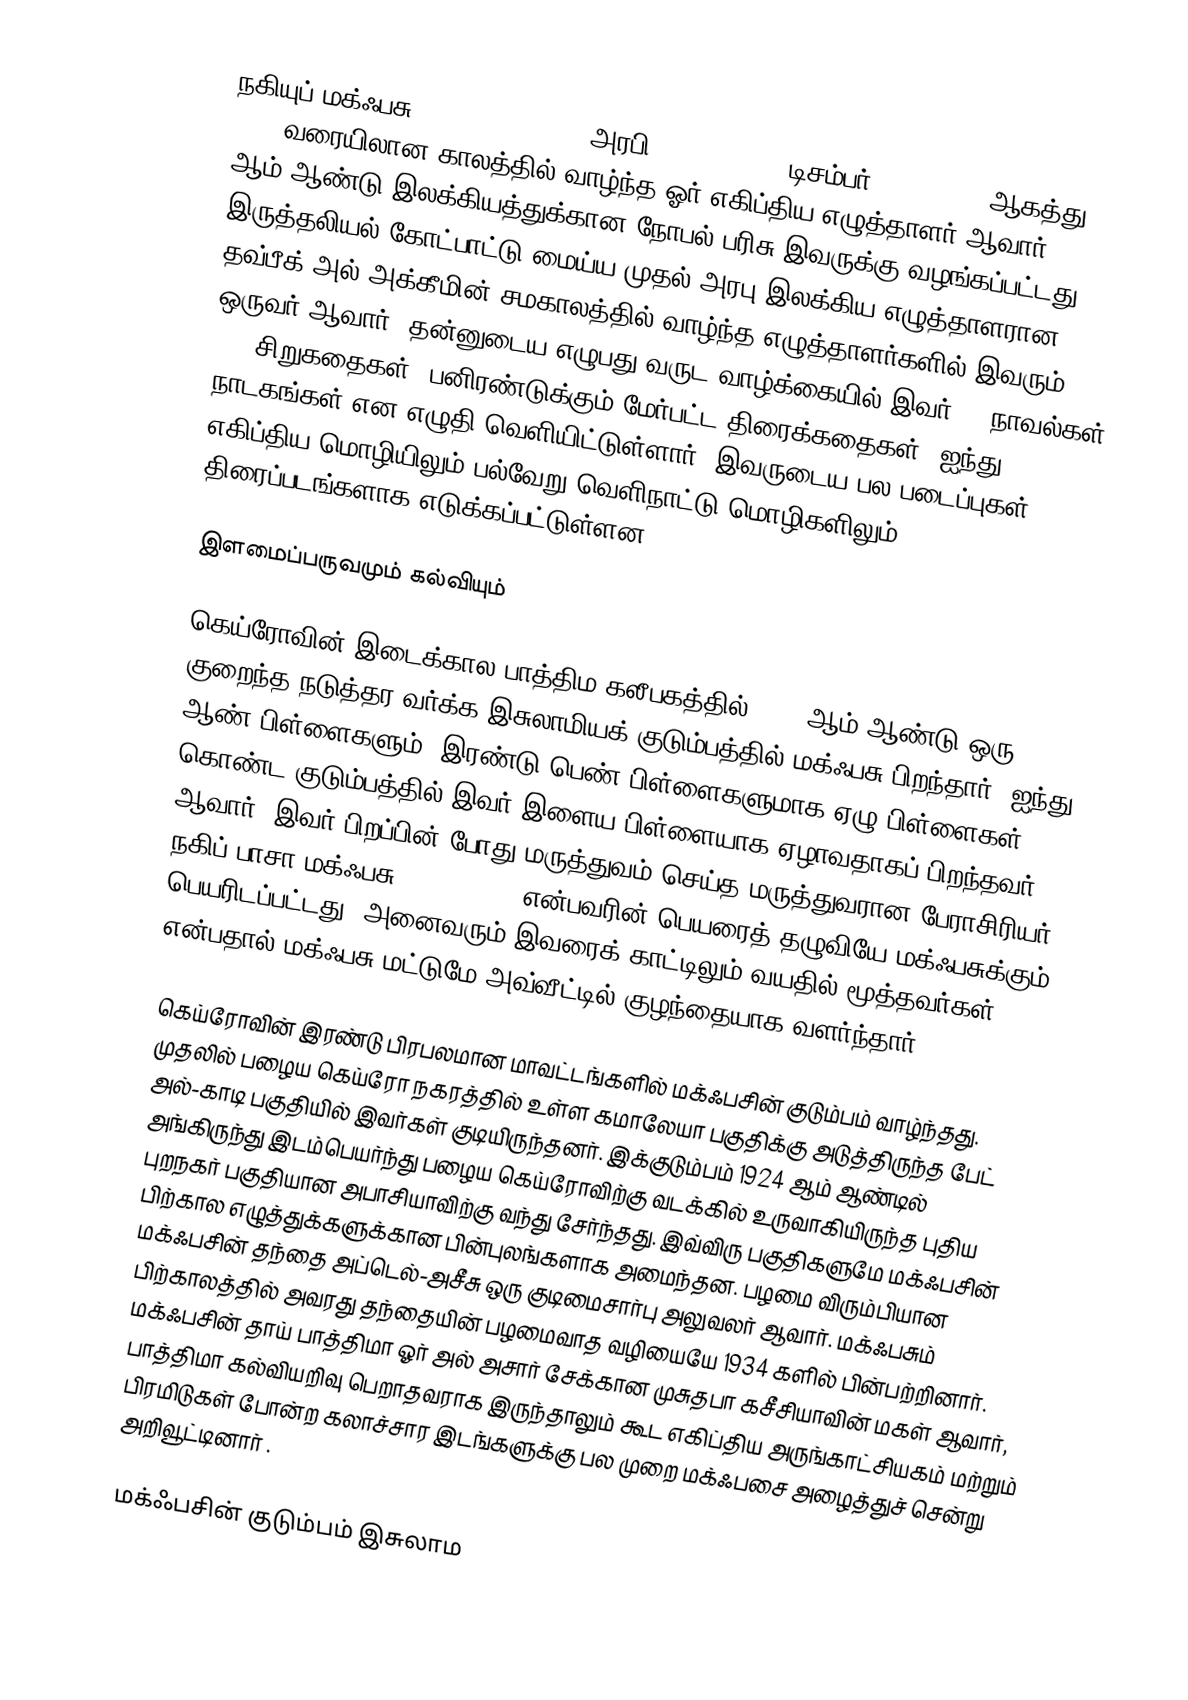
நகியுப் மக்ஃபசு (Naguib Mahfouz: அரபி: نجيب محفوظ) டிசம்பர் 11, 1911 – ஆகத்து 30, 2006 வரையிலான காலத்தில் வாழ்ந்த ஓர் எகிப்திய எழுத்தாளர் ஆவார். 1988 ஆம் ஆண்டு இலக்கியத்துக்கான நோபல் பரிசு இவருக்கு வழங்கப்பட்டது. இருத்தலியல் கோட்பாட்டு மைய்ய  முதல் அரபு இலக்கிய எழுத்தாளரான தவ்பீக் அல் அக்கீமின் சமகாலத்தில் வாழ்ந்த எழுத்தாளர்களில் இவரும் ஒருவர் ஆவார். தன்னுடைய எழுபது வருட வாழ்க்கையில் இவர் 34 நாவல்கள், 350 சிறுகதைகள், பனிரண்டுக்கும் மேர்பட்ட திரைக்கதைகள், ஐந்து நாடகங்கள் என எழுதி வெளியிட்டுள்ளார். இவருடைய பல படைப்புகள் எகிப்திய மொழியிலும் பல்வேறு வெளிநாட்டு மொழிகளிலும் திரைப்படங்களாக எடுக்கப்பட்டுள்ளன.

இளமைப்பருவமும் கல்வியும்

கெய்ரோவின் இடைக்கால பாத்திம கலீபகத்தில் 1911 ஆம் ஆண்டு  ஒரு குறைந்த நடுத்தர வர்க்க இசுலாமியக் குடும்பத்தில் மக்ஃபசு பிறந்தார். ஐந்து ஆண் பிள்ளைகளும், இரண்டு பெண் பிள்ளைகளுமாக ஏழு பிள்ளைகள் கொண்ட குடும்பத்தில் இவர் இளைய பிள்ளையாக ஏழாவதாகப் பிறந்தவர் ஆவார். இவர் பிறப்பின் போது மருத்துவம் செய்த மருத்துவரான பேராசிரியர் நகிப் பாசா மக்ஃபசு (1882-1974) என்பவரின் பெயரைத் தழுவியே மக்ஃபசுக்கும் பெயரிடப்பட்டது. அனைவரும் இவரைக் காட்டிலும் வயதில் மூத்தவர்கள் என்பதால் மக்ஃபசு மட்டுமே அவ்வீட்டில் குழந்தையாக வளர்ந்தார்.

கெய்ரோவின் இரண்டு பிரபலமான மாவட்டங்களில் மக்ஃபசின் குடும்பம் வாழ்ந்தது. முதலில் பழைய கெய்ரோ நகரத்தில் உள்ள கமாலேயா பகுதிக்கு அடுத்திருந்த பேட் அல்-காடி பகுதியில் இவர்கள் குடியிருந்தனர். இக்குடும்பம் 1924 ஆம் ஆண்டில் அங்கிருந்து இடம்பெயர்ந்து பழைய கெய்ரோவிற்கு வடக்கில் உருவாகியிருந்த புதிய புறநகர் பகுதியான அபாசியாவிற்கு வந்து சேர்ந்தது. இவ்விரு பகுதிகளுமே மக்ஃபசின் பிற்கால எழுத்துக்களுக்கான பின்புலங்களாக அமைந்தன. பழமை விரும்பியான மக்ஃபசின் தந்தை அப்டெல்-அசீசு ஒரு குடிமைசார்பு அலுவலர் ஆவார்.  மக்ஃபசும் பிற்காலத்தில் அவரது தந்தையின் பழமைவாத வழியையே 1934 களில் பின்பற்றினார். மக்ஃபசின் தாய் பாத்திமா  ஓர் அல் அசார் சேக்கான முசுதபா கசீசியாவின் மகள் ஆவார், பாத்திமா கல்வியறிவு பெறாதவராக இருந்தாலும் கூட  எகிப்திய அருங்காட்சியகம் மற்றும் பிரமிடுகள் போன்ற கலாச்சார இடங்களுக்கு பல முறை மக்ஃபசை அழைத்துச் சென்று அறிவூட்டினார் .

மக்ஃபசின் குடும்பம் இசுலாம